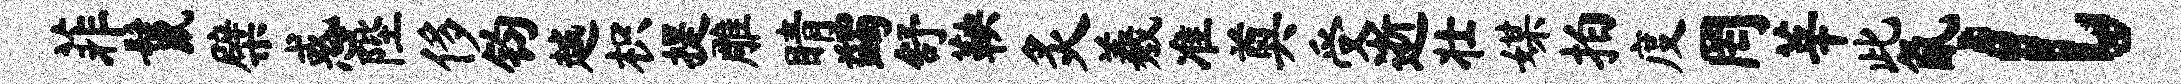
菲鬣檗惑陛侈钧越枳提雕睛蠲舒鞅炙羲准奠受逝壮媒拍度罔莘此氤l